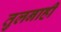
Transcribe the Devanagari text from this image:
तुलनाही